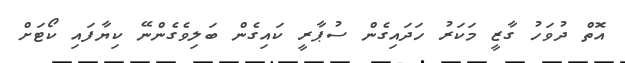
އޮތް ދުވަހު ގާޒީ މަކަރު ހަދައިގެން ސުޕާރީ ކައިގެން ބަލިވެގެންނޭ ކިޔާފައި ކޯޓަށް